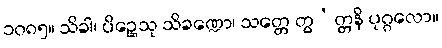
၁၀၈၅။ သိခါ၊ ပိဉ္ဆေသု သိခဏ္ဍော၊ သတ္တေ တွ’တ္တနိ ပုဂ္ဂလော။